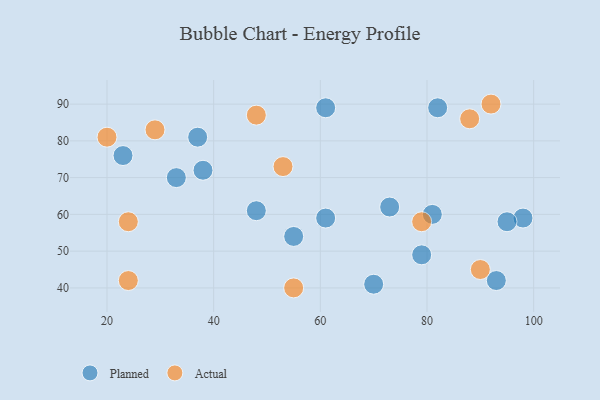
{"axis": {"x": "GDP", "y": "Life Expectancy"}, "legend": ["Actual", "Planned"], "data": [{"x": "98", "y": 59, "type": "Planned"}, {"x": "33", "y": 70, "type": "Planned"}, {"x": "48", "y": 61, "type": "Planned"}, {"x": "55", "y": 54, "type": "Planned"}, {"x": "93", "y": 42, "type": "Planned"}, {"x": "61", "y": 89, "type": "Planned"}, {"x": "79", "y": 49, "type": "Planned"}, {"x": "95", "y": 58, "type": "Planned"}, {"x": "61", "y": 59, "type": "Planned"}, {"x": "82", "y": 89, "type": "Planned"}, {"x": "73", "y": 62, "type": "Planned"}, {"x": "37", "y": 81, "type": "Planned"}, {"x": "70", "y": 41, "type": "Planned"}, {"x": "81", "y": 60, "type": "Planned"}, {"x": "23", "y": 76, "type": "Planned"}, {"x": "38", "y": 72, "type": "Planned"}, {"x": "55", "y": 40, "type": "Actual"}, {"x": "92", "y": 90, "type": "Actual"}, {"x": "88", "y": 86, "type": "Actual"}, {"x": "48", "y": 87, "type": "Actual"}, {"x": "20", "y": 81, "type": "Actual"}, {"x": "53", "y": 73, "type": "Actual"}, {"x": "79", "y": 58, "type": "Actual"}, {"x": "24", "y": 42, "type": "Actual"}, {"x": "24", "y": 58, "type": "Actual"}, {"x": "29", "y": 83, "type": "Actual"}, {"x": "90", "y": 45, "type": "Actual"}]}